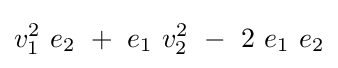
v_{1}^{2}~e_{2}~+~e_{1}~v_{2}^{2}~-~2~e_{1}~e_{2}